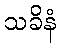
သခိနံ